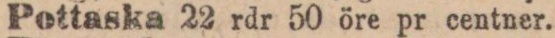
Pottaska 22 rdr 50 öre pr centner.